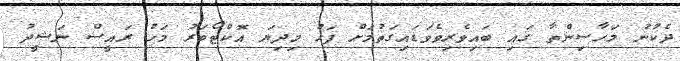
ދެކުނު މަހާސިންތާ ގައި ބައިވެރިވެވަޑައިގަތުމަށް ފަހު މިދިޔަ އޮކްޓޯބަރު މަހު ރައީސް ނަޝީދު